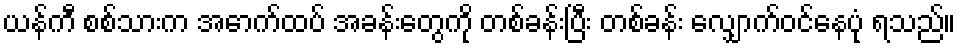
ယန်ကီ စစ်သားက အောက်ထပ် အခန်းတွေကို တစ်ခန်းပြီး တစ်ခန်း လျှောက်ဝင်နေပုံ ရသည်။